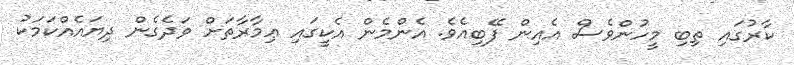
ކާރުގައި ތިބި މީހުންވެސް އެއިން ފޭބިއެވެ. އެންމެން އެކީގައި ޢިމާރާތަށް ވަދެގެން ދިޔައެއްކަމަކު